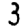
Digit: 3